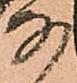
な